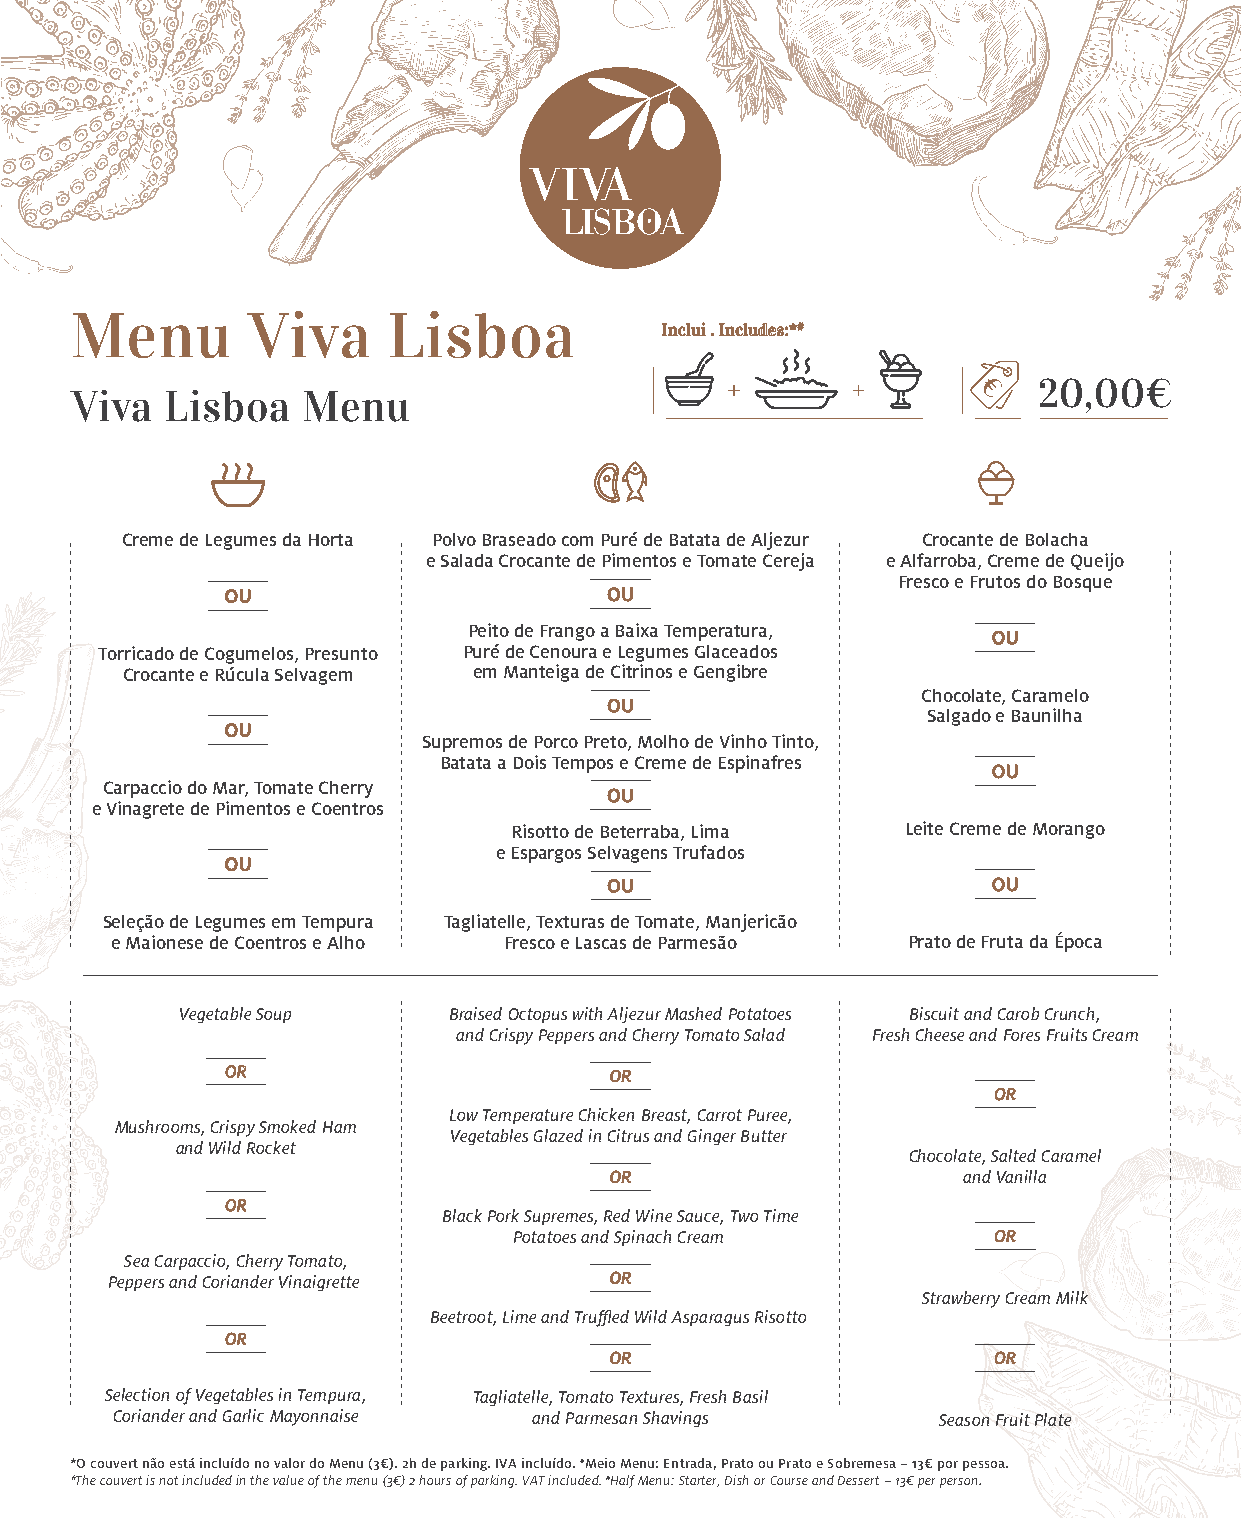
Menu       Viva      Lisboa
 Inclui . Includes:*#
 20,00€
 Viva  Lisboa   Menu
 Creme de Legumes da Horta Polvo Braseado com Puré de Batata de Aljezur Crocante de Bolacha
 e Salada Crocante de Pimentos e Tomate Cereja e Alfarroba, Creme de Queijo
 Fresco e Frutos do Bosque
 OU                       OU
 Peito de Frango a Baixa Temperatura,
 OU
 Torricado de Cogumelos, Presunto Puré de Cenoura e Legumes Glaceados
 Crocante e Rúcula Selvagem em Manteiga de Citrinos e Gengibre
 Chocolate, Caramelo
 OU
 Salgado e Baunilha
 OU
 Supremos de Porco Preto, Molho de Vinho Tinto,
 Batata a Dois Tempos e Creme de Espinafres
 OU
 Carpaccio do Mar, Tomate Cherry
 OU
 e Vinagrete de Pimentos e Coentros
 Risotto de Beterraba, Lima Leite Creme de Morango
 e Espargos Selvagens Trufados
 OU
 OU                        OU
 Seleção de Legumes em Tempura Tagliatelle, Texturas de Tomate, Manjericão
 e Maionese de Coentros e Alho Fresco e Lascas de Parmesão Prato de Fruta da Época
 Vegetable Soup    Braised Octopus with Aljezur Mashed Potatoes Biscuit and Carob Crunch,
 and Crispy Peppers and Cherry Tomato Salad Fresh Cheese and Fores Fruits Cream
 OR                       OR
 OR
 Low Temperature Chicken Breast, Carrot Puree,
 Mushrooms, Crispy Smoked Ham
 Vegetables Glazed in Citrus and Ginger Butter
 and Wild Rocket
 Chocolate, Salted Caramel
 OR                      and Vanilla
 OR
 Black Pork Supremes, Red Wine Sauce, Two Time
 Potatoes and Spinach Cream      OR
 Sea Carpaccio, Cherry Tomato,
 Peppers and Coriander Vinaigrette OR
 Strawberry Cream Milk
 Beetroot, Lime and Truffled Wild Asparagus Risotto
 OR
 OR                        OR
 Selection of Vegetables in Tempura, Tagliatelle, Tomato Textures, Fresh Basil
 Coriander and Garlic Mayonnaise and Parmesan Shavings  Season Fruit Plate
 *O couvert não está incluído no valor do Menu (3€). 2h de parking. IVA incluído. #Meio Menu: Entrada, Prato ou Prato e Sobremesa − 13€ por pessoa.
 *The couvert is not included in the value of the menu (3€) 2 hours of parking. VAT included. #Half Menu: Starter, Dish or Course and Dessert − 13€ per person.